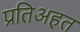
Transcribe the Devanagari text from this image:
प्रतिअहत